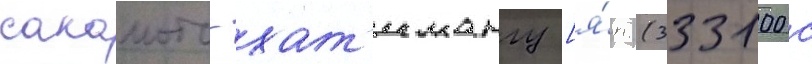
сакамото-хат'имангу [я́п. (333100 с